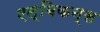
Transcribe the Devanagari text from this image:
एल्बिकन्स